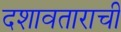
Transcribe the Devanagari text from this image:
दशावताराची